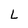
Character: L